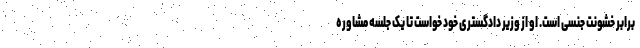
برابر خشونت جنسی است. او از وزیر دادگستری خود خواست تا یک جلسه مشاوره